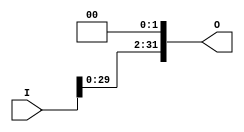
module Shifter #(parameter busSize=32)
(input [busSize-1:0]I , output [busSize-1:0]O);
	assign O=I<<2;
endmodule